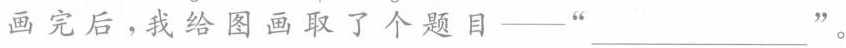
画完后，我给图画取了个题目—” ___ ”。